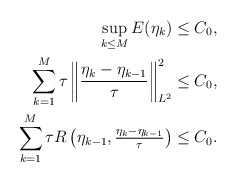
\begin{align*}\sup_{k \le M} E(\eta_k) & \le C_0, \\\sum_{k = 1}^M \tau \left\| \frac{\eta_k - \eta_{k - 1}}{\tau} \right\|_{L^2}^2 & \le C_0, \\\sum_{k = 1}^M \tau R\left(\eta_{k - 1}, \tfrac{\eta_k - \eta_{k - 1}}{\tau}\right) & \le C_0. \end{align*}